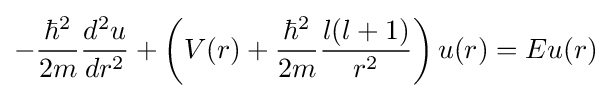
-{\frac {\hbar ^{2}}{2m}}{\frac {d^{2}u}{dr^{2}}}+\left(V(r)+{\frac {\hbar ^{2}}{2m}}{\frac {l(l+1)}{r^{2}}}\right)u(r)=Eu(r)